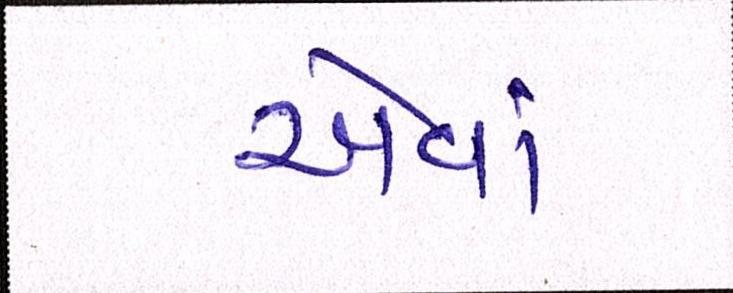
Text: એવાં